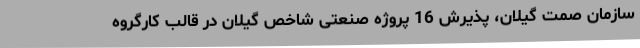
سازمان صمت گیلان، پذیرش 16 پروژه صنعتی شاخص گیلان در قالب کارگروه